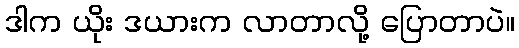
ဒါက ယိုး ဒယားက လာတာလို့ ပြောတာပဲ။